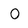
Character: 0